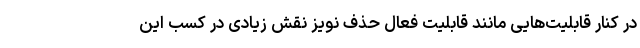
در کنار قابلیت‌هایی مانند قابلیت فعال حذف نویز نقش زیادی در کسب این